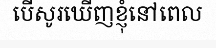
បើសូរឃើញខ្ញុំនៅពេល